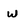
Character: w